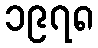
၁၉၇၈